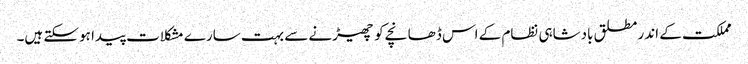
مملکت کے اندر مطلق بادشاہی نظام کے اس ڈھانچے کو چھیڑنے سے بہت سارے مشکلات پیدا ہوسکتے ہیں۔